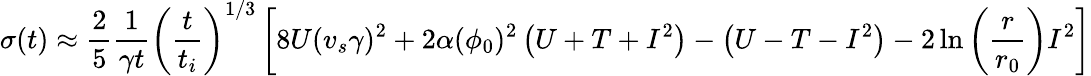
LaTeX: \sigma(t)\approx\frac{2}{5}\frac{1}{\gamma t}\left(\frac{t}{t_{i}}\right)^{1/3}\left[8U(v_{s}\gamma)^{2}+2\alpha(\phi_{0})^{2}\left(U+T+I^{2}\right)-\left(U-T-I^{2}\right)-2\ln\left(\frac{r}{r_{0}}\right)I^{2}\right]